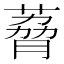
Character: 𫉆